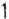
1